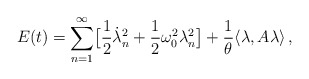
\begin{align*}E(t) = \sum_{n=1}^\infty \bigl[\frac12\dot\lambda_n^2 +\frac12\omega_0^2\lambda_n^2\bigr] + \frac1\theta\langle\lambda,A\lambda\rangle \,,\end{align*}